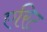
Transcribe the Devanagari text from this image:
एरिट